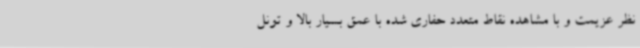
نظر عزیمت و با مشاهده نقاط متعدد حفاری شده با عمق بسیار بالا و تونل